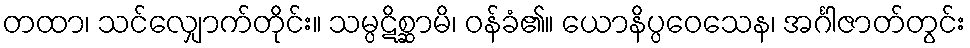
တထာ၊ သင်လျှောက်တိုင်း။ သမ္ပဋိစ္ဆာမိ၊ ဝန်ခံ၏။ ယောနိပ္ပဝေသေန၊ အင်္ဂါဇာတ်တွင်း